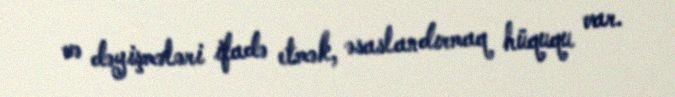
və dəyişmələri ifadə etmək, əsaslandırmaq hüququ var.